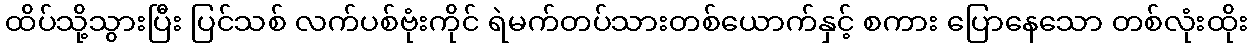
ထိပ်သို့သွားပြီး ပြင်သစ် လက်ပစ်ဗုံးကိုင် ရဲမက်တပ်သားတစ်ယောက်နှင့် စကား ပြောနေသော တစ်လုံးထိုး